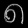
Digit: ၈